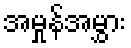
အမှုန်အမွှား